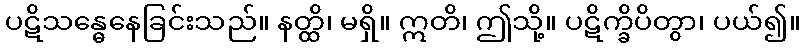
ပဋိသန္ဓေနေခြင်းသည်။ နတ္ထိ၊ မရှိ။ ဣတိ၊ ဤသို့။ ပဋိက္ခိပိတွာ၊ ပယ်၍။